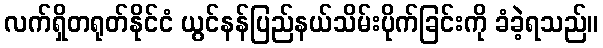
လက်ရှိတရုတ်နိုင်ငံ ယွင်နန်ပြည်နယ်သိမ်းပိုက်ခြင်းကို ခံခဲ့ရသည်။